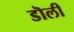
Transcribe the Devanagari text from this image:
डॊली